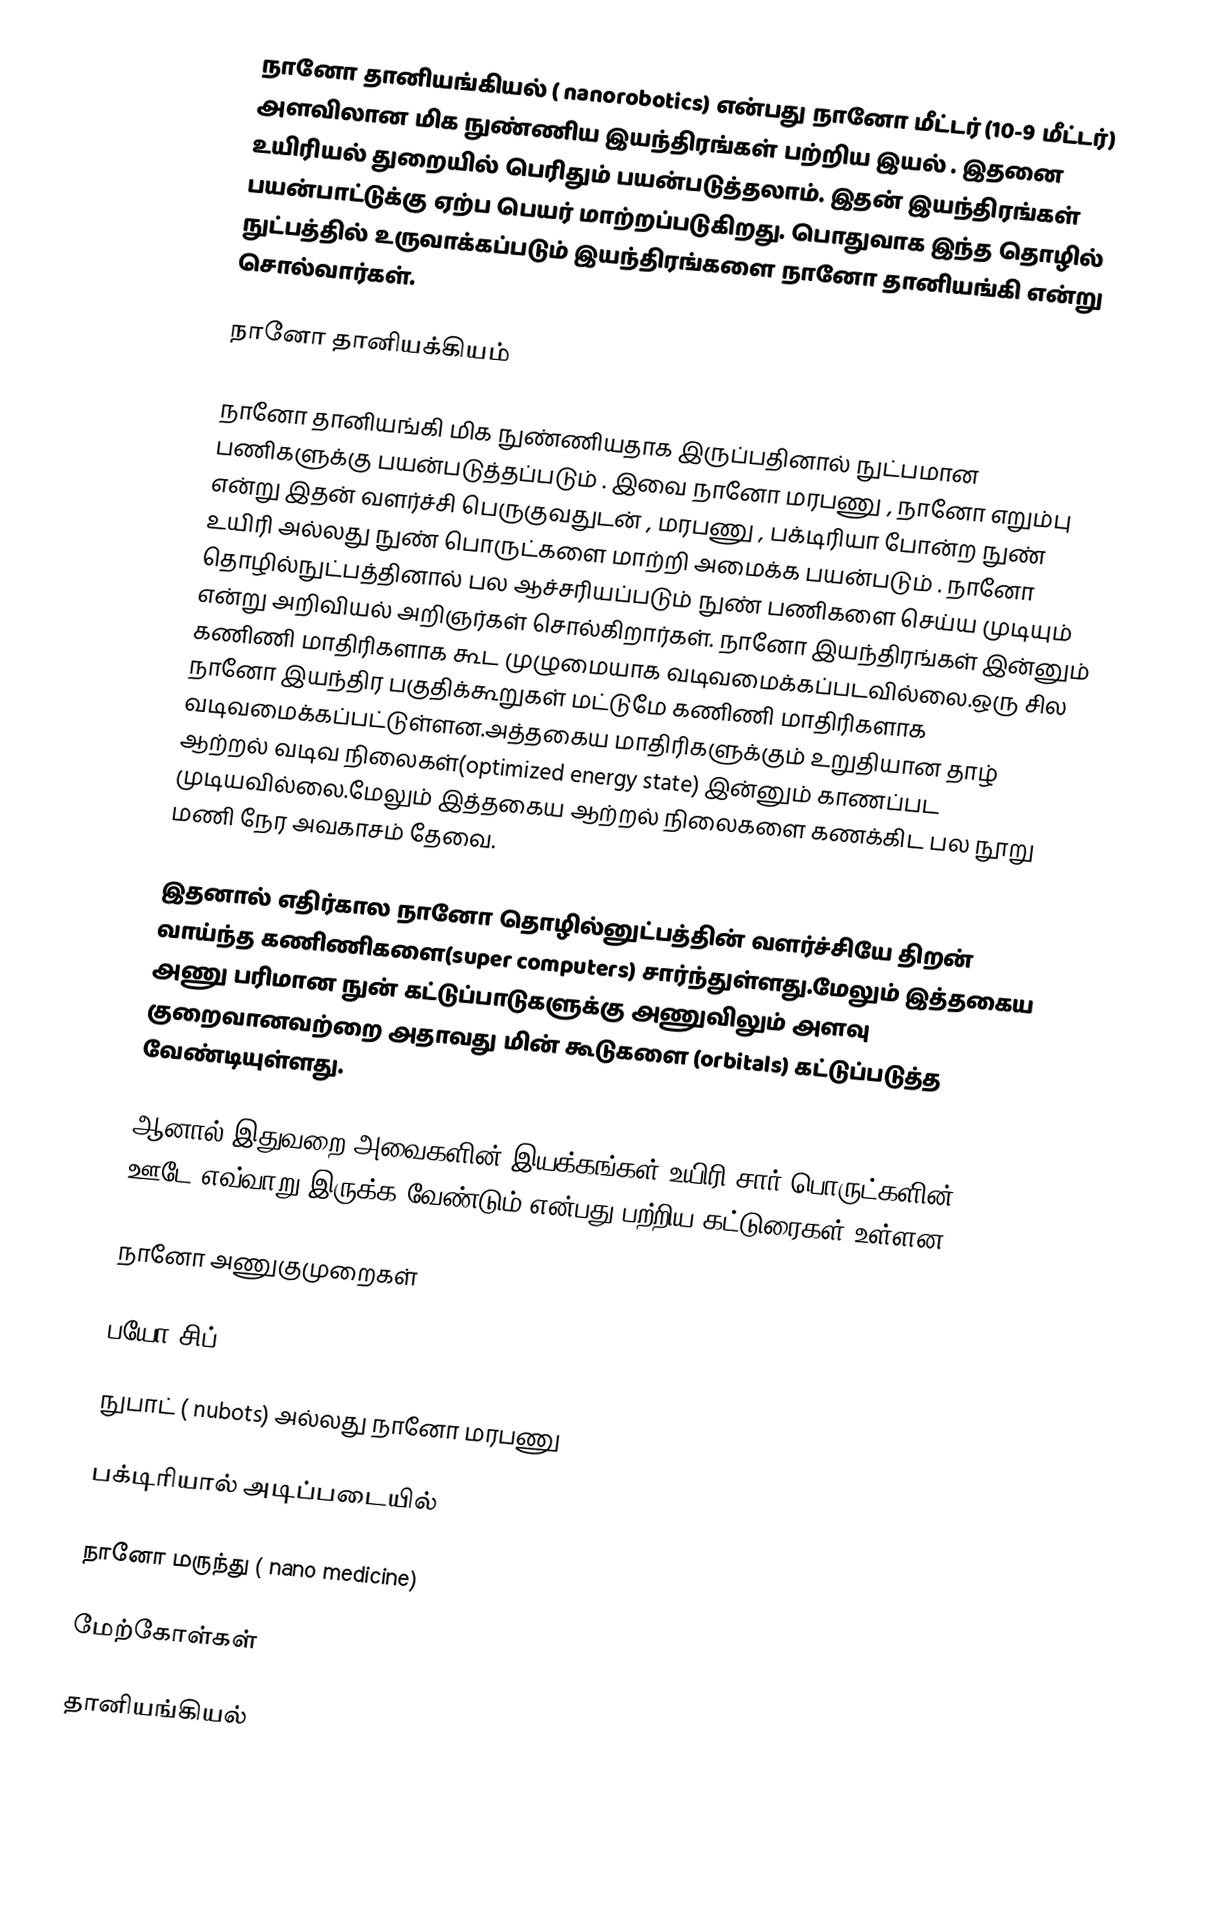
நானோ தானியங்கியல் ( nanorobotics) என்பது நானோ மீட்டர் (10-9 மீட்டர்) அளவிலான மிக நுண்ணிய இயந்திரங்கள் பற்றிய இயல் . இதனை உயிரியல் துறையில் பெரிதும் பயன்படுத்தலாம். இதன் இயந்திரங்கள் பயன்பாட்டுக்கு ஏற்ப பெயர் மாற்றப்படுகிறது. பொதுவாக இந்த தொழில் நுட்பத்தில் உருவாக்கப்படும் இயந்திரங்களை நானோ தானியங்கி என்று சொல்வார்கள்.

நானோ தானியக்கியம்

நானோ தானியங்கி மிக நுண்ணியதாக இருப்பதினால் நுட்பமான பணிகளுக்கு பயன்படுத்தப்படும் . இவை நானோ மரபணு , நானோ எறும்பு என்று இதன் வளர்ச்சி பெருகுவதுடன் , மரபணு , பக்டிரியா போன்ற நுண் உயிரி அல்லது நுண் பொருட்களை மாற்றி அமைக்க பயன்படும் . நானோ தொழில்நுட்பத்தினால் பல ஆச்சரியப்படும் நுண் பணிகளை செய்ய முடியும் என்று அறிவியல் அறிஞர்கள் சொல்கிறார்கள். நானோ இயந்திரங்கள் இன்னும் கணிணி மாதிரிகளாக கூட முழுமையாக வடிவமைக்கப்படவில்லை.ஒரு சில நானோ இயந்திர பகுதிக்கூறுகள் மட்டுமே கணிணி மாதிரிகளாக வடிவமைக்கப்பட்டுள்ளன.அத்தகைய மாதிரிகளுக்கும் உறுதியான தாழ் ஆற்றல் வடிவ நிலைகள்(optimized energy state) இன்னும் காணப்பட முடியவில்லை.மேலும் இத்தகைய ஆற்றல் நிலைகளை கணக்கிட பல நூறு மணி நேர அவகாசம் தேவை.

இதனால் எதிர்கால நானோ தொழில்னுட்பத்தின் வளர்ச்சியே திறன் வாய்ந்த கணிணிகளை(super computers) சார்ந்துள்ளது.மேலும் இத்தகைய அணு பரிமான நுன் கட்டுப்பாடுகளுக்கு அணுவிலும் அளவு குறைவானவற்றை அதாவது மின் கூடுகளை (orbitals) கட்டுப்படுத்த வேண்டியுள்ளது.

ஆனால் இதுவறை அவைகளின் இயக்கங்கள் உயிரி சார் பொருட்களின் ஊடே எவ்வாறு இருக்க வேண்டும் என்பது பற்றிய கட்டுரைகள் உள்ளன.

நானோ அணுகுமுறைகள்

பயோ-சிப் (biochip)

நுபாட் ( nubots) அல்லது நானோ மரபணு

பக்டிரியால் அடிப்படையில்

நானோ மருந்து ( nano medicine)

மேற்கோள்கள்

தானியங்கியல்